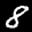
Label: 8